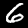
Label: 6